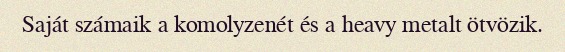
Saját számaik a komolyzenét és a heavy metalt ötvözik.